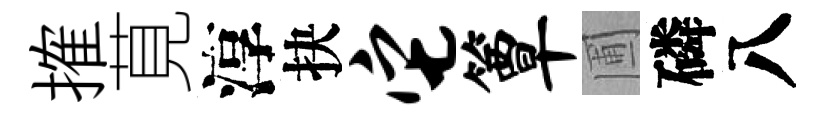
搉莧淳抉它簟圃磷八